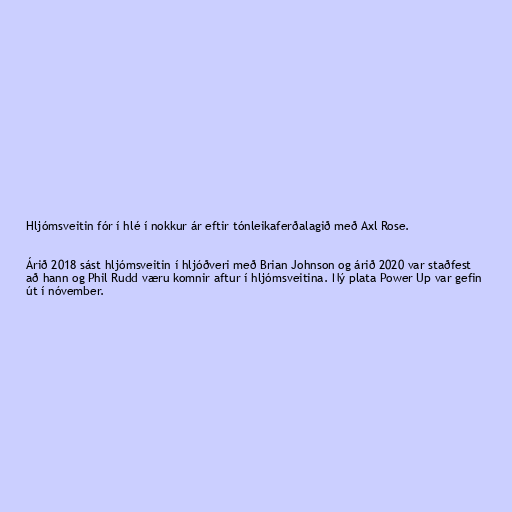
Hljómsveitin fór í hlé í nokkur ár eftir tónleikaferðalagið með Axl Rose.

Árið 2018 sást hljómsveitin í hljóðveri með Brian Johnson og árið 2020 var staðfest
að hann og Phil Rudd væru komnir aftur í hljómsveitina. Ný plata Power Up var gefin
út í nóvember.